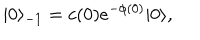
LaTeX: | 0 \rangle _ { - 1 } = c ( 0 ) e ^ { - \phi ( 0 ) } | 0 \rangle ,